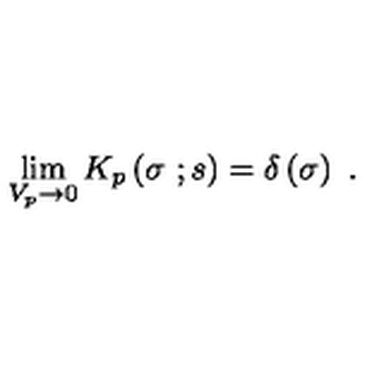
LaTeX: \lim _ { V _ { p } \to 0 } K _ { p } \left( \sigma \ ; s \right) = \delta \left( \sigma \right) \ .